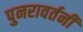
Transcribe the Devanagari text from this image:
पुनरावर्तनी